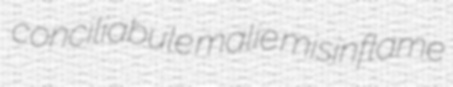
conciliabule malie misinflame